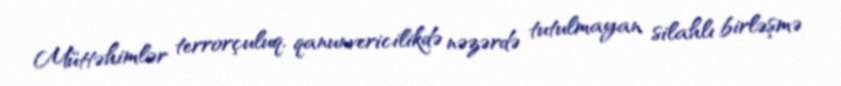
Müttəhimlər terrorçuluq, qanunvericilikdə nəzərdə tutulmayan silahlı birləşmə